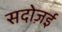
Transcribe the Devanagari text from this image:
सदोज़ई